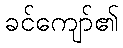
ခင်ကျော်၏